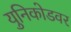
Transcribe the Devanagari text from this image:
युनिकोडवर